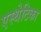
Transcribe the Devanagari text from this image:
एस्थेटिका